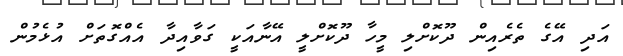
އަދި އޭގެ ތެރެއިން ދޫކޮށްލި މީހާ ދޫކޮށްލީ އޭނާއަކީ ގަވާއިދާ އެއްގޮތަށް އުޅެމުން